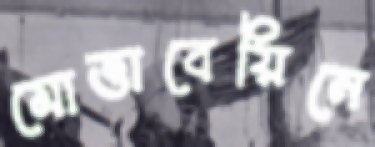
মোত্তাবেয়িনে